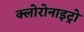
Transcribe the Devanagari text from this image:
क्लोरोनाइट्रो